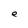
Character: e